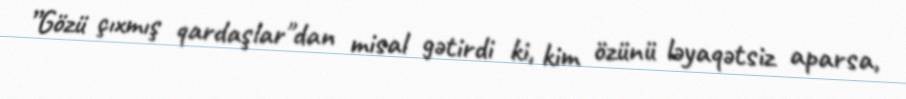
”Gözü çıxmış qardaşlar"dan misal gətirdi ki, kim özünü ləyaqətsiz aparsa,